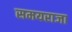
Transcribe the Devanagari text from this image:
समयराजा